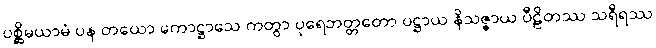
ပစ္ဆိမယာမံ ပန တယော ကောဋ္ဌာသေ ကတွာ ပုရေဘတ္တတော ပဋ္ဌာယ နိသဇ္ဇာယ ပီဠိတဿ သရီရဿ